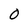
Character: 0